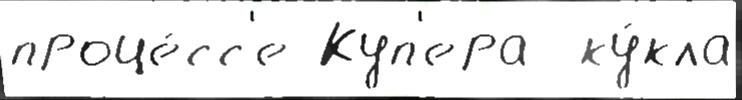
проце́сс'е Куп'ера  ку́кла